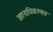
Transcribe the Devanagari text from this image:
ज्ञानाधिकरणत्व